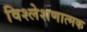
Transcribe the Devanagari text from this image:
विश्लेशणात्मक